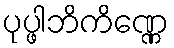
ပုပ္ဖါဘိကိဏ္ဏေ